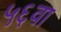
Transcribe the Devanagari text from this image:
५६वा